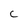
Character: c